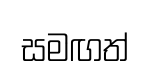
සමඟත්